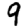
Digit: 9